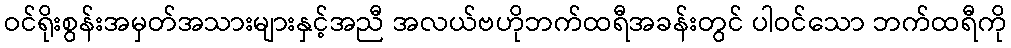
ဝင်ရိုးစွန်းအမှတ်အသားများနှင့်အညီ အလယ်ဗဟိုဘက်ထရီအခန်းတွင် ပါဝင်သော ဘက်ထရီကို